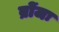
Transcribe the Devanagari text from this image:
ब्रोंजः